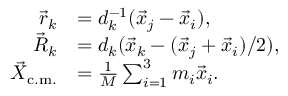
\begin{array} { r l } { \vec { r } _ { k } } & { = d _ { k } ^ { - 1 } ( \vec { x } _ { j } - \vec { x } _ { i } ) , } \\ { \vec { R } _ { k } } & { = d _ { k } ( \vec { x } _ { k } - ( \vec { x } _ { j } + \vec { x } _ { i } ) / 2 ) , } \\ { \vec { X } _ { \mathrm { c . m . } } } & { = \frac { 1 } { M } \sum _ { i = 1 } ^ { 3 } m _ { i } \vec { x } _ { i } . } \end{array}